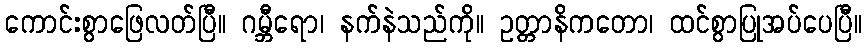
ကောင်းစွာဖြေလတ်ပြီ။ ဂမ္ဘီရော၊ နက်နဲသည်ကို။ ဥတ္တာနိကတော၊ ထင်စွာပြုအပ်ပေပြီ။